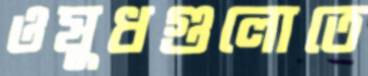
ওষুধগুলোতে